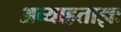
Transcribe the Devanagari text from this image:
अव्याहताज्ञः